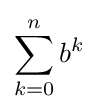
\sum _{k=0}^{n}b^{k}